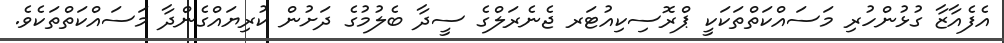
އެފެއާޒާ ގުޅުންހުރި މަސައްކަތްތަކަކީ ޕްރޮސިކިއުޓަރ ޖެނެރަލްގެ ސީދާ ބެލުމުގެ ދަށުން ކުރިޔައްގެންދާ މަސައްކަތްތަކެވެ.